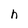
Character: h